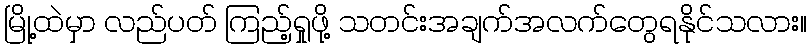
မြို့ထဲမှာ လည်ပတ် ကြည့်ရှုဖို့ သတင်းအချက်အလက်တွေရနိုင်သလား။